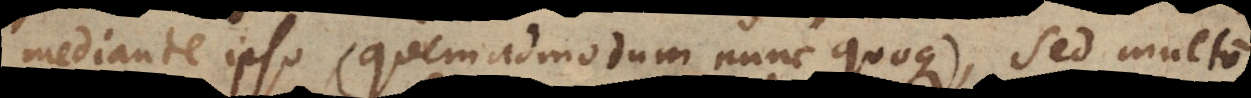
mediante ipso (quemadmodum nunc quoque), sed multo